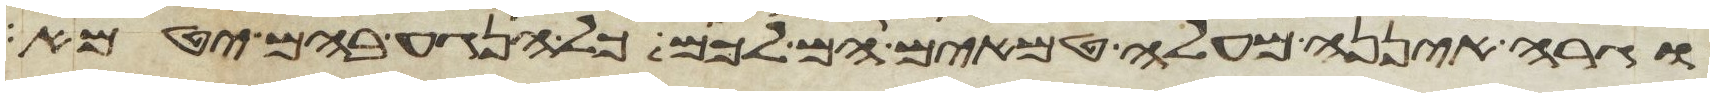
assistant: וגרה איננה מעלה טמאים הם לכם כל הנגע בהם יטמא